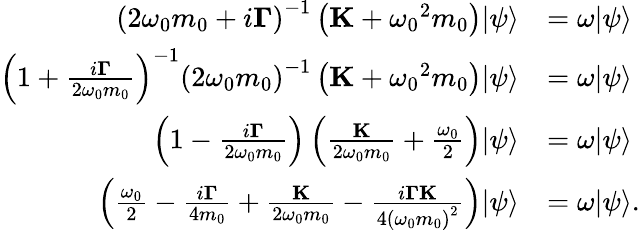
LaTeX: \begin{array}{rl}{{{\left({2{\omega_{0}}m_{0}+i{\mathbf{\Gamma}}}\right)}^{-1}}\left({{\mathbf{K}}+{\omega_{0}}^{2}m_{0}}\right){\left|\psi\right\rangle}}&{=\omega{\left|\psi\right\rangle}}\\ {{{\left({1+\frac{{i{\mathbf{\Gamma}}}}{{2{\omega_{0}}m_{0}}}}\right)}^{-1}}{{\left({2{\omega_{0}}}m_{0}\right)}^{-1}}\left({{\mathbf{K}}+{\omega_{0}}^{2}m_{0}}\right){\left|\psi\right\rangle}}&{=\omega{\left|\psi\right\rangle}}\\ {\left({1-\frac{{i{\mathbf{\Gamma}}}}{{2{\omega_{0}}m_{0}}}}\right)\left({\frac{{\mathbf{K}}}{{2{\omega_{0}}m_{0}}}+\frac{{{\omega_{0}}}}{2}}\right){\left|\psi\right\rangle}}&{=\omega{\left|\psi\right\rangle}}\\ {\left({\frac{{{\omega_{0}}}}{2}-\frac{{i{\mathbf{\Gamma}}}}{4m_{0}}+\frac{{\mathbf{K}}}{{2{\omega_{0}}m_{0}}}-\frac{{i{\mathbf{\Gamma}\mathbf{K}}}}{{4{(\omega_{0}m_{0})}^{2}}}}\right){\left|\psi\right\rangle}}&{=\omega{\left|\psi\right\rangle}.}\end{array}